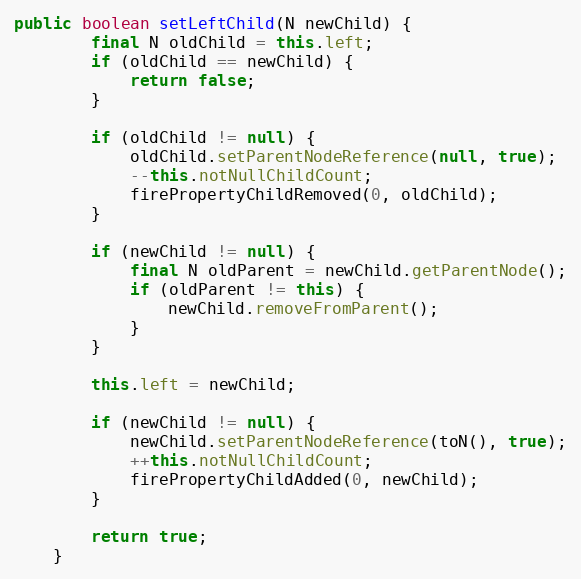
Language: Java
public boolean setLeftChild(N newChild) {
		final N oldChild = this.left;
		if (oldChild == newChild) {
			return false;
		}

		if (oldChild != null) {
			oldChild.setParentNodeReference(null, true);
			--this.notNullChildCount;
			firePropertyChildRemoved(0, oldChild);
		}

		if (newChild != null) {
			final N oldParent = newChild.getParentNode();
			if (oldParent != this) {
				newChild.removeFromParent();
			}
		}

		this.left = newChild;

		if (newChild != null) {
			newChild.setParentNodeReference(toN(), true);
			++this.notNullChildCount;
			firePropertyChildAdded(0, newChild);
		}

		return true;
	}